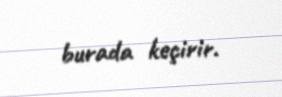
burada keçirir.